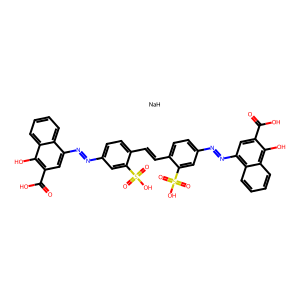
SMILES: O=C(O)c1cc(N=Nc2ccc(C=Cc3ccc(N=Nc4cc(C(=O)O)c(O)c5ccccc45)cc3S(=O)(=O)O)c(S(=O)(=O)O)c2)c2ccccc2c1O.[NaH]
Inhibits HIV replication: Yes